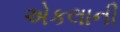
એકલાની